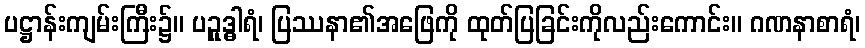
ပဋ္ဌာန်းကျမ်းကြီး၌။ ပဉှုဒ္ဓါရံ၊ ပြဿနာ၏အဖြေကို ထုတ်ပြခြင်းကိုလည်းကောင်း။ ဂဏနာစာရံ၊